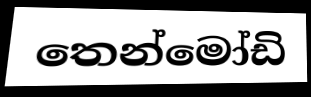
තෙන්මෝඩි